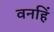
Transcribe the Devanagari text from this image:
वनहिं